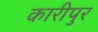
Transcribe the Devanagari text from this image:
कारीपुर